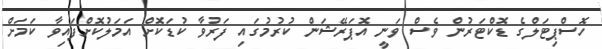
ހޮސްޕިޓަލްގެ ޑޮކްޓަރުން ވެސް ވަނީ އޮޕަރޭޝަން ކުރުމުގައި ފަރުވާ ކުޑަކޮށް އަމަލުކޮށްފައިވާ ކަމަށް